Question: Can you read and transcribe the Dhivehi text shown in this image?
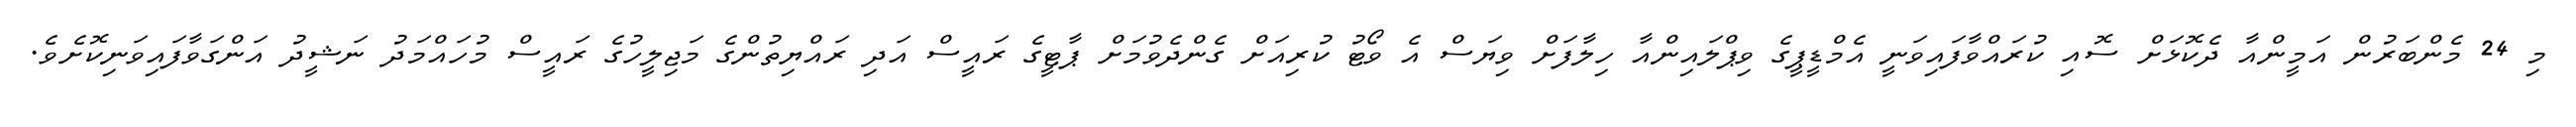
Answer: މި 24 މެންބަރުން އަމީންއާ ދެކޮޅަށް ސޮއި ކުރައްވާފައިވަނީ އެމްޑީޕީގެ ވިޕްލައިންއާ ހިލާފަށް ވިޔަސް އެ ވޯޓު ކުރިއަށް ގެންދެވުމަށް ޕާޓީގެ ރައީސް އަދި ރައްޔިތުންގެ މަޖިލީހުގެ ރައީސް މުހައްމަދު ނަޝީދު އަންގަވާފައިވަނިކޮށެވެ.